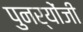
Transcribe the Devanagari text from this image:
पुनर्योंजी